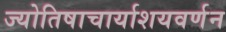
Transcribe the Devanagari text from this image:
ज्योतिषाचार्याशयवर्णन